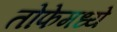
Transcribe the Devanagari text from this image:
तोफेमध्ये